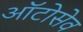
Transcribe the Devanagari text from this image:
ऑटोसेव